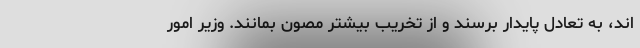
اند، به تعادل پایدار برسند و از تخریب بیشتر مصون بمانند. وزیر امور